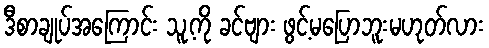
ဒီစာချုပ်အကြောင်း သူ့ကို ခင်ဗျား ဖွင့်မပြောဘူးမဟုတ်လား